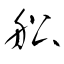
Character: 舩